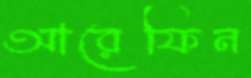
আরেফিন